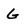
Character: G